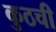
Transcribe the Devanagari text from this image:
कुठची